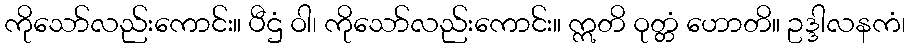
ကိုသော်လည်းကောင်း။ ပီဌံ ဝါ၊ ကိုသော်လည်းကောင်း။ ဣတိ ဝုတ္တံ ဟောတိ။ ဥဒ္ဒါလနကံ၊